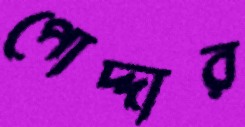
পোদ্দার